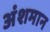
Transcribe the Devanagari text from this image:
अंशमान